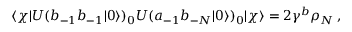
\langle \chi | U ( b _ { - 1 } b _ { - 1 } | 0 \rangle ) _ { 0 } U ( a _ { - 1 } b _ { - N } | 0 \rangle ) _ { 0 } | \chi \rangle = 2 \gamma ^ { b } \rho _ { N } \, ,